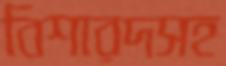
বিশারদসহ